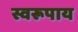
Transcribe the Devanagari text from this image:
स्वरूपाय